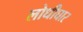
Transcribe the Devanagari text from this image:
लोधीघार